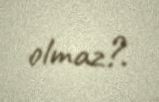
olmaz?.